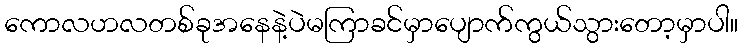
ကောလဟလတစ်ခုအနေနဲ့ပဲမကြာခင်မှာပျောက်ကွယ်သွားတော့မှာပါ။